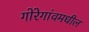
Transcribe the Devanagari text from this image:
गोरेगांवमधील